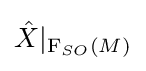
{\hat {X}}\vert _{\mathrm {F} _{SO}(M)}